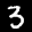
Label: 3